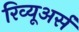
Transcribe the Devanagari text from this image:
रिव्यूअर्स